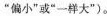
”偏大””偏小”或”一样大”)。